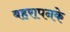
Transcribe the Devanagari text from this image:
बहरापनके